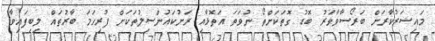
މައިސަރުކާރަށް ބަރޯސާވާވަރު ބޮޑު ގޮތަކަށްތޯ ނުވަތަ އަތޮޅާއި ރަށުކައުންސިލުތަކަށް ފުރިހަމަ ބާރުތައް ލިބިފައިވާ